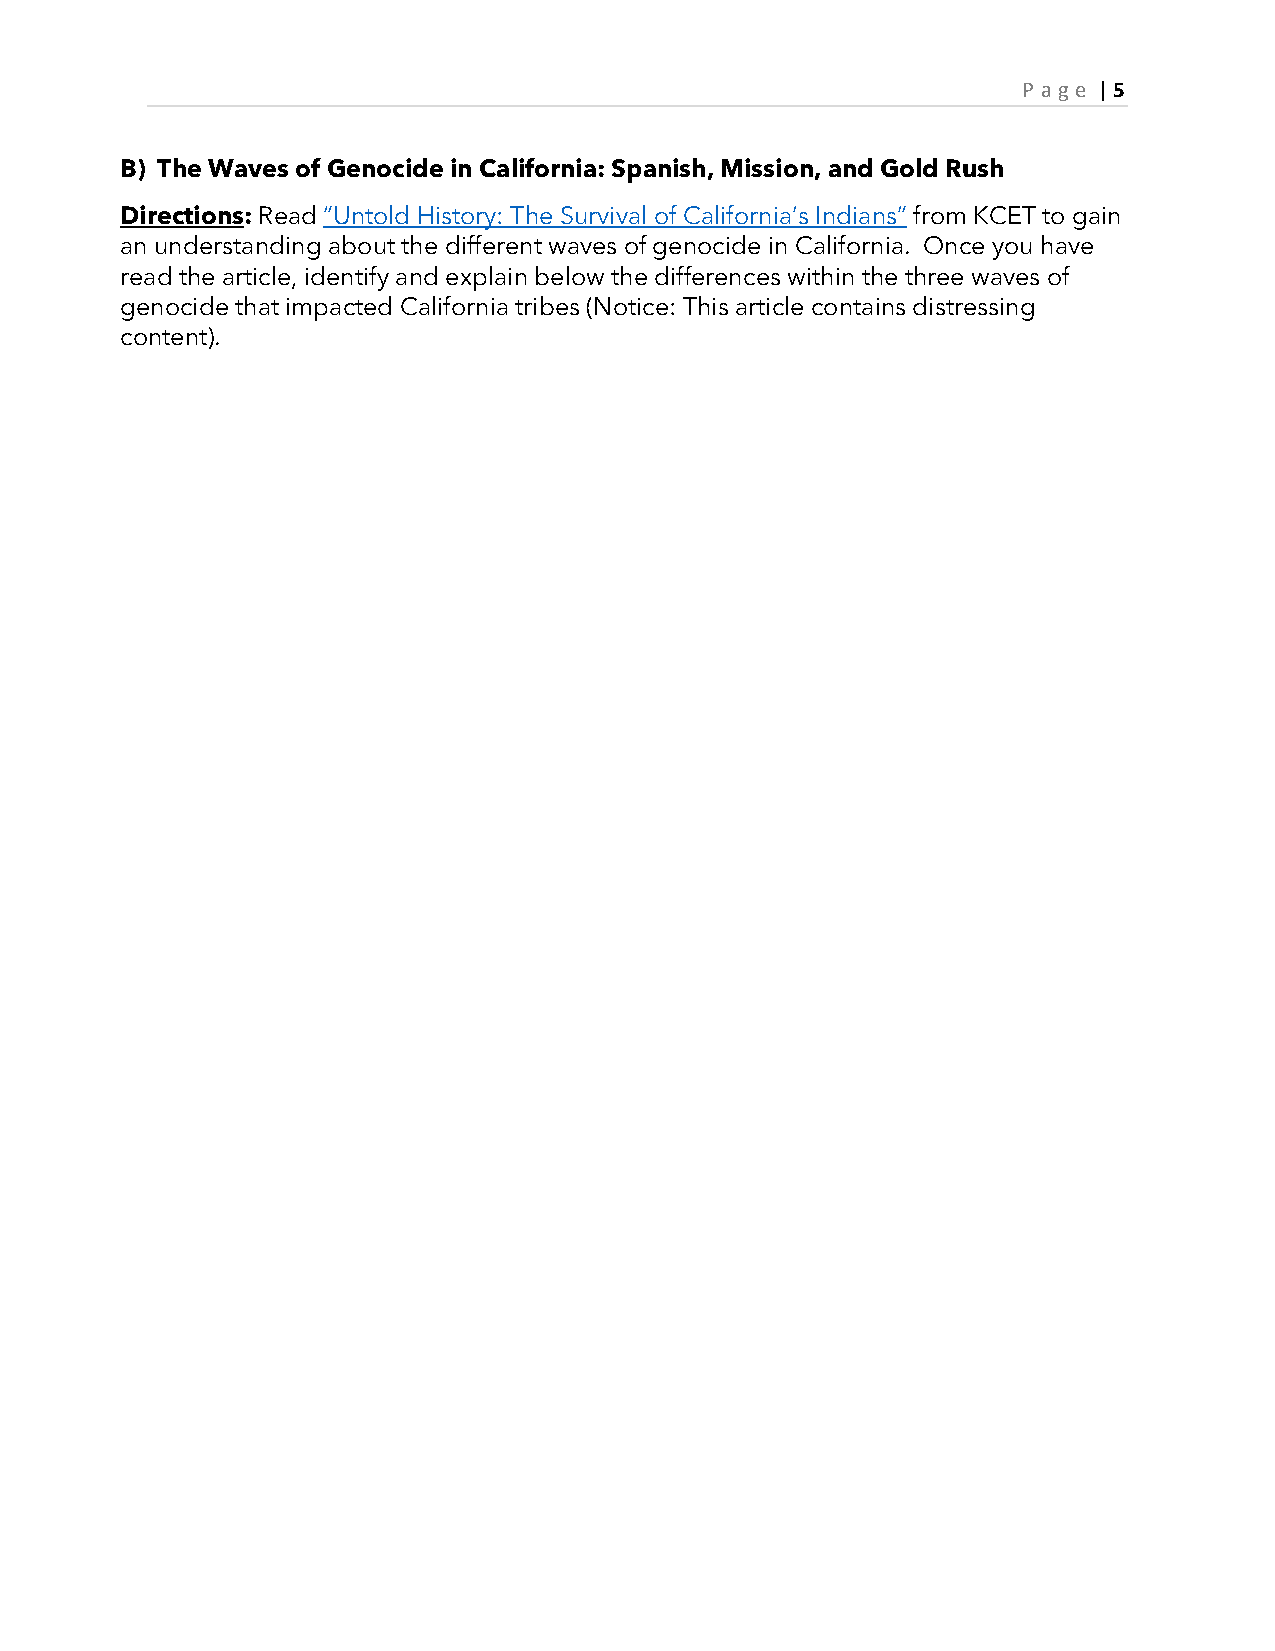
P age | 5
 B) The Waves of Genocide in California: Spanish, Mission, and Gold Rush
 Directions: Read “Untold History: The Survival of California’s Indians” from KCET to gain
 an understanding about the different waves of genocide in California. Once you have
 read the article, identify and explain below the differences within the three waves of
 genocide that impacted California tribes (Notice: This article contains distressing
 content).